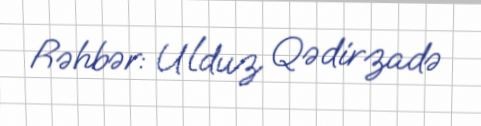
Rəhbər: Ulduz Qədirzadə